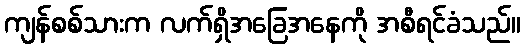
ကျန်စစ်သားက လက်ရှိအခြေအနေကို အစီရင်ခံသည်။